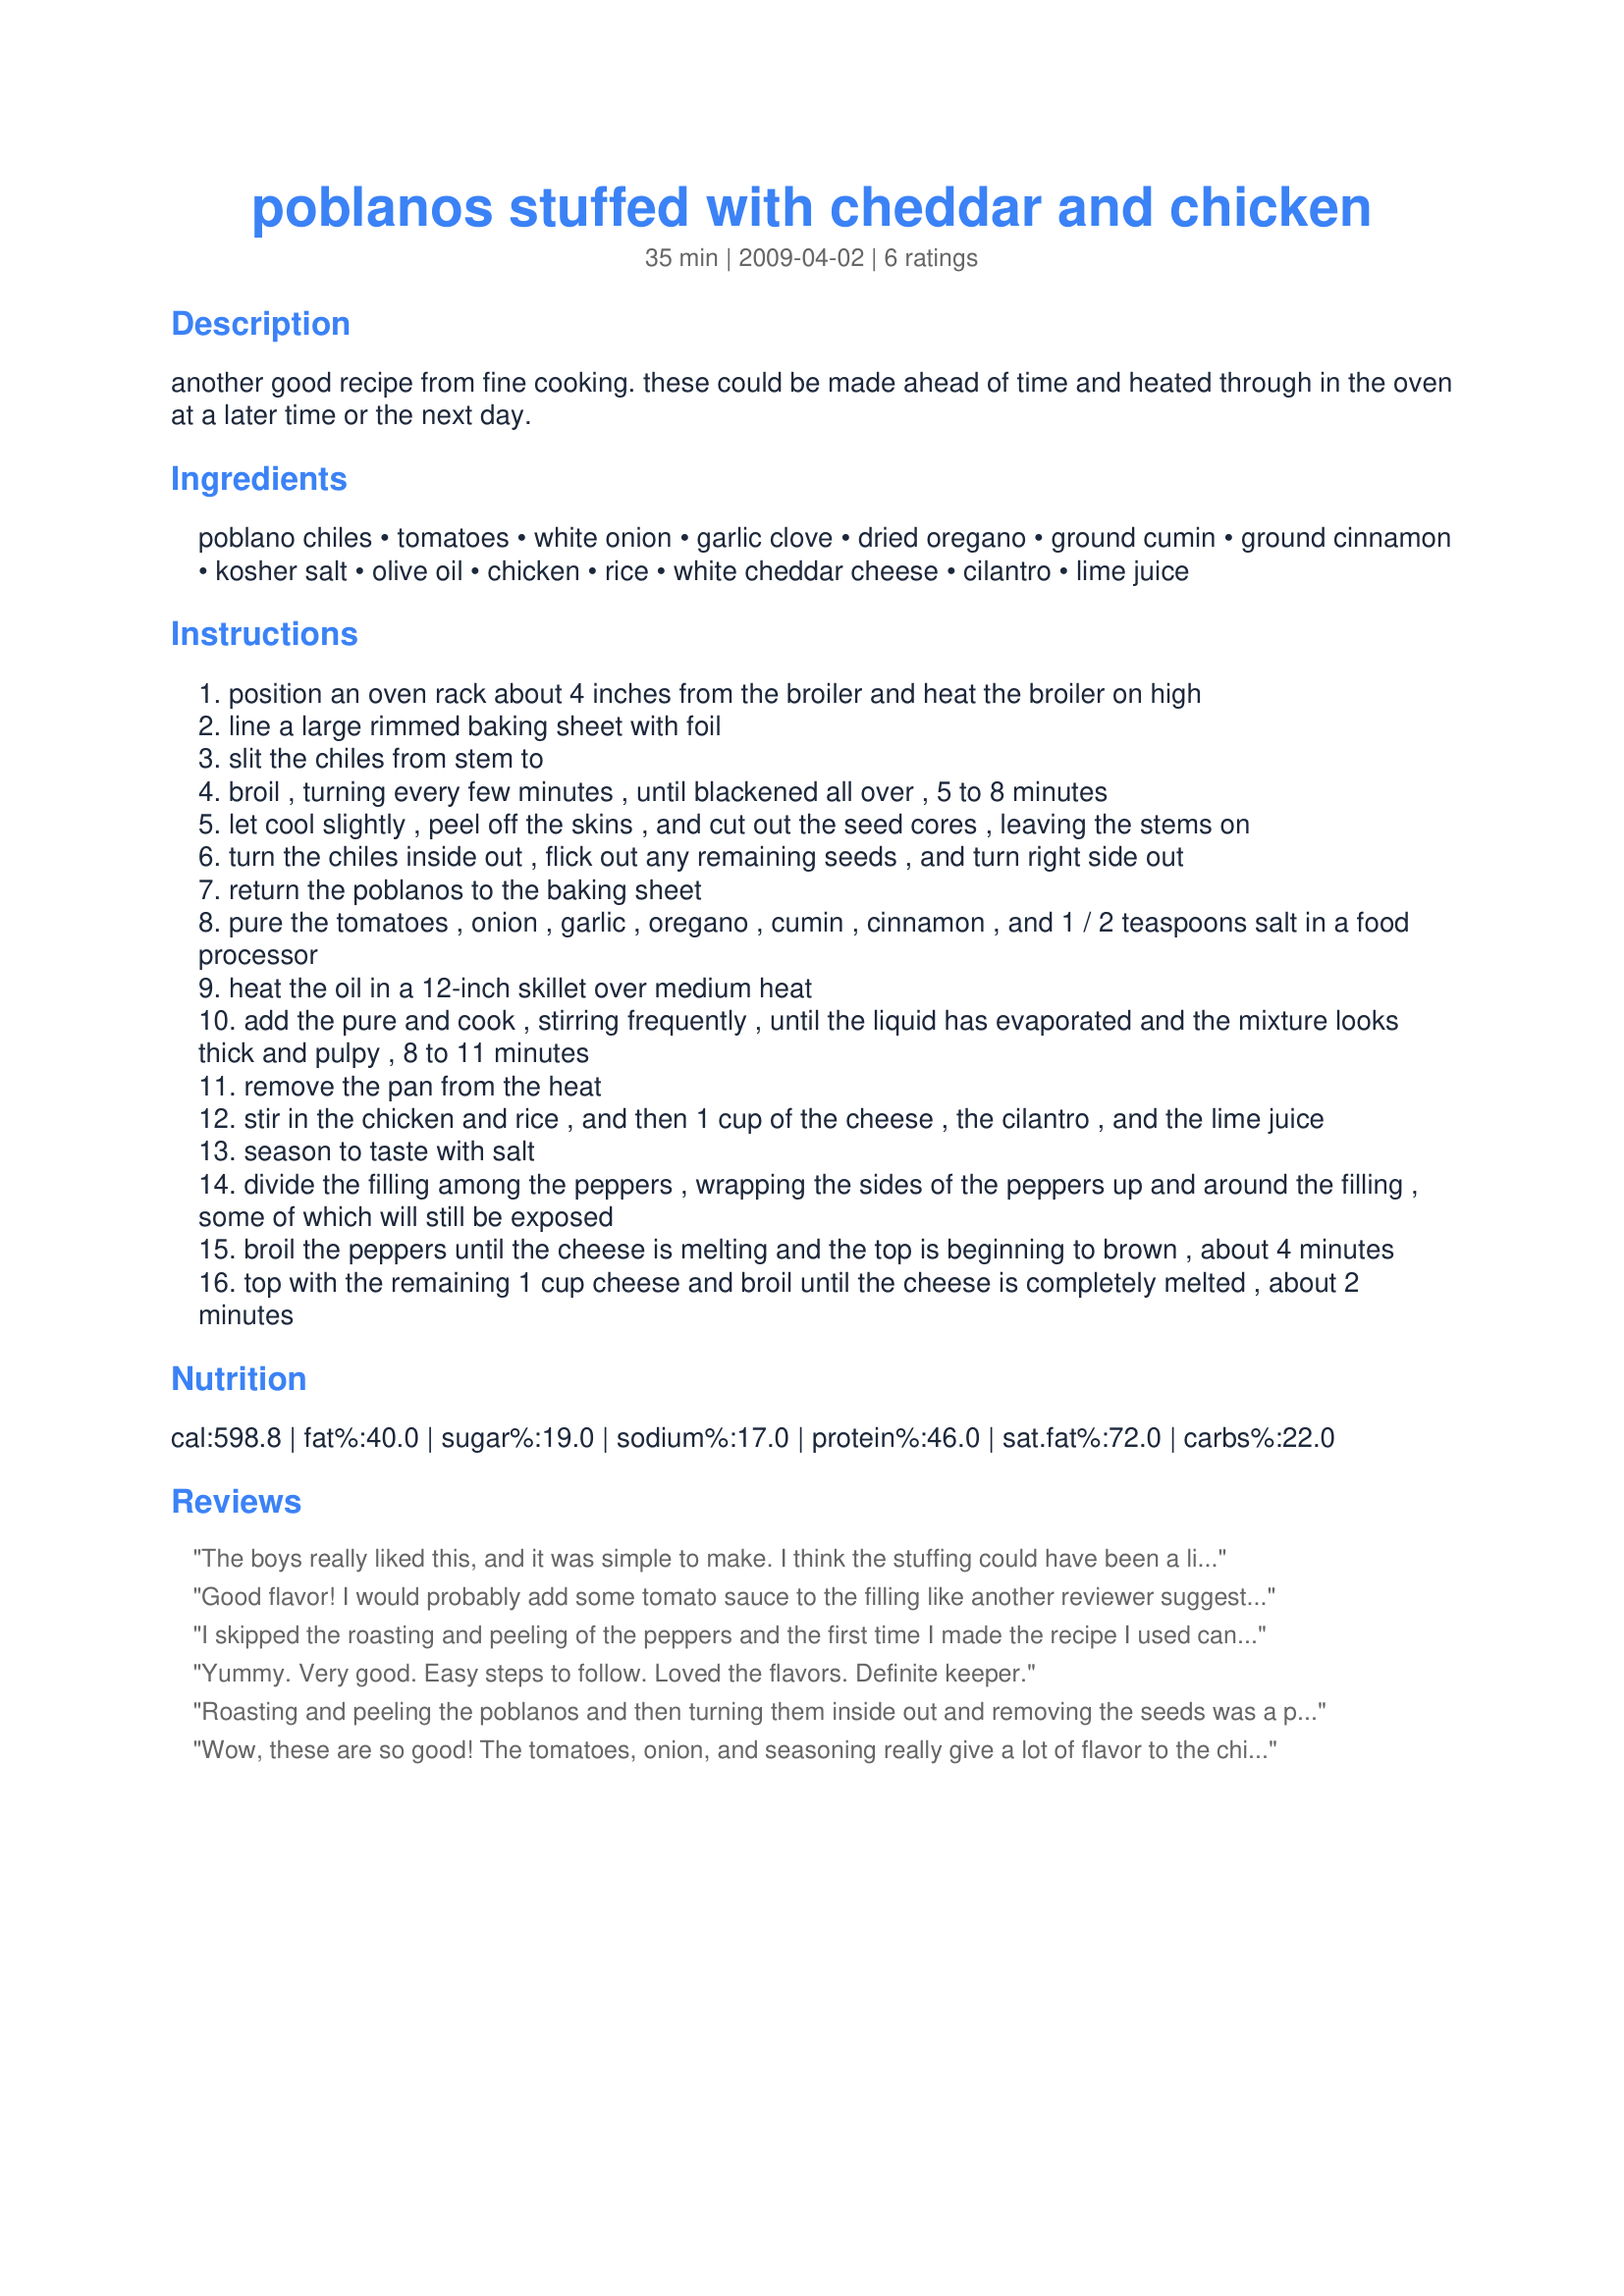
poblanos stuffed with cheddar and chicken
Preparation time: 35 minutes

another good recipe from fine cooking. these could be made ahead of time and heated through in the oven at a later time or the next day.

Ingredients:
poblano chiles, tomatoes, white onion, garlic clove, dried oregano, ground cumin, ground cinnamon, kosher salt, olive oil, chicken, rice, white cheddar cheese, cilantro, lime juice

Steps:
position an oven rack about 4 inches from the broiler and heat the broiler on high
line a large rimmed baking sheet with foil
slit the chiles from stem to
broil , turning every few minutes , until blackened all over , 5 to 8 minutes
let cool slightly , peel off the skins , and cut out the seed cores , leaving the stems on
turn the chiles inside out , flick out any remaining seeds , and turn right side out
return the poblanos to the baking sheet
pure the tomatoes , onion , garlic , oregano , cumin , cinnamon , and 1 / 2 teaspoons salt in a food processor
heat the oil in a 12-inch skillet over medium heat
add the pure and cook , stirring frequently , until the liquid has evaporated and the mixture looks thick and pulpy , 8 to 11 minutes
remove the pan from the heat
stir in the chicken and rice , and then 1 cup of the cheese , the cilantro , and the lime juice
season to taste with salt
divide the filling among the peppers , wrapping the sides of the peppers up and around the filling , some of which will still be exposed
broil the peppers until the cheese is melting and the top is beginning to brown , about 4 minutes
top with the remaining 1 cup cheese and broil until the cheese is completely melted , about 2 minutes

Reviews:
The boys really liked this, and it was simple to make. I think the stuffing could have been a little juicier or more flavorful and may work on that a bit by adding some tomato sauce or some of the chicken broth. Then again, I may just leave it alone! :-)
Good flavor! I would probably add some tomato sauce to the filling like another reviewer suggested. Peeling the skins off the poblanos left them too soft to be stuffed, so I just pureed them with the tomato mix instead. Thanks for sharing.
I skipped the roasting and peeling of the peppers and the first time I made the recipe I used canned Hatch (Poblano) peppers. The next time I used frozen poblano peppers. They both worked out well and cut way down on the time.
Yummy. Very good. Easy steps to follow. Loved the flavors. Definite keeper.
Roasting and peeling the poblanos and then turning them inside out and removing the seeds was a pain, but the dish itself turned out very tasty. I added a tablespoon of tomato sauce to the mix for more flavor and cut out the second cup of cheese to reduce the calories. Topped with hot sauce to give it a little extra kick. I love poblanos and this recipe did NOT disappoint in the taste department. I only gave it 4 stars, though, because of the many tedious steps and the fact it took over an hour to make (the recipe states 35 minutes)
Wow, these are so good! The tomatoes, onion, and seasoning really give a lot of flavor to the chicken and rice. I love poblano chiles and this dish really lets them shine. I could see using a bell pepper here too. Thanks for another wonderful recipe CC & G.
